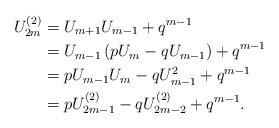
LaTeX: \begin{align*}U_{2m}^{(2)} &=U_{m+1}U_{m-1}+q^{m-1} \\&=U_{m-1}\left( pU_{m}-qU_{m-1}\right) +q^{m-1} \\&=pU_{m-1}U_{m}-qU_{m-1}^{2}+q^{m-1} \\&=pU_{2m-1}^{(2)}-qU_{2m-2}^{(2)}+q^{m-1}.\end{align*}